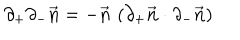
\partial _ { + } \partial _ { - } { \vec { \bf n } } = - { \vec { \bf n } } \, \, ( \partial _ { + } { \vec { \bf n } } \cdot \partial _ { - } { \vec { \bf n } } )